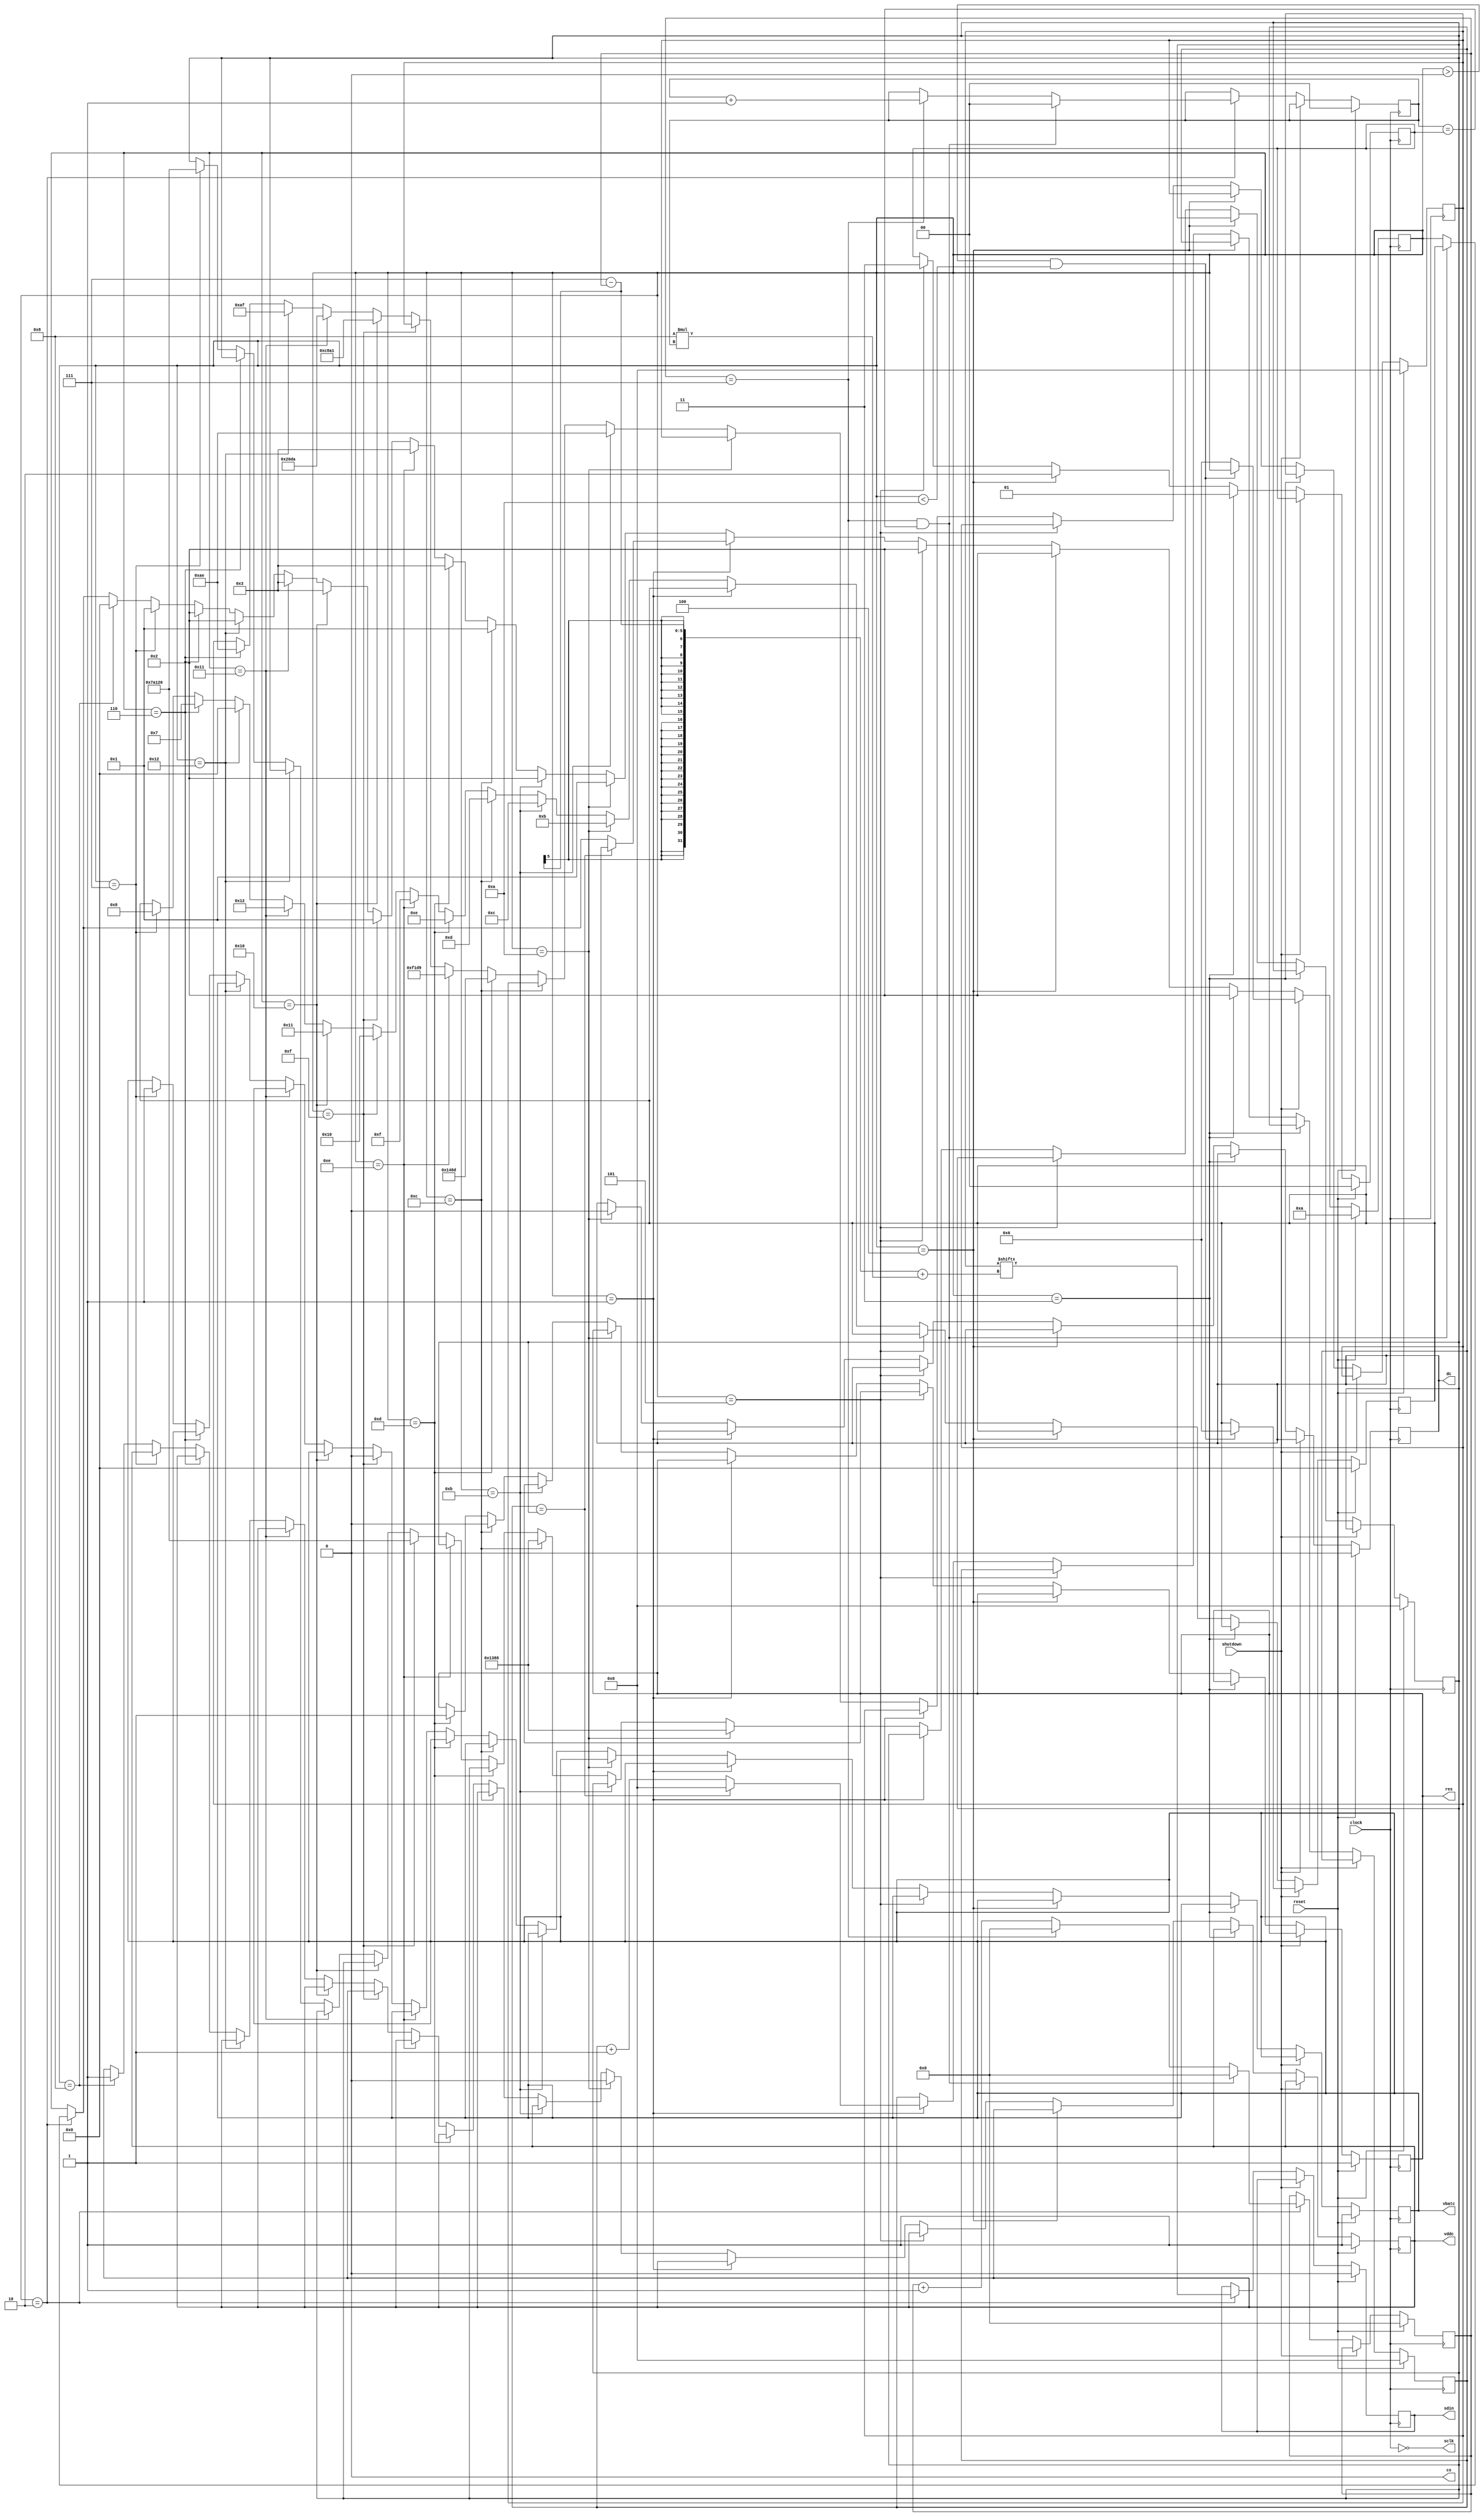
module oled_spi(
  input wire clock,
  input wire reset,
  input wire shutdown,
  
  output wire cs,
  output reg sdin,
  output wire sclk,
  output reg dc,
  output reg res,
  output reg vbatc,
  output reg vddc
);

  parameter WAIT = 1;
  parameter SEND = 2;  // send 1 byte
  parameter SEND2 = 3; // send 2 bytes
  parameter SEND3 = 4; // send 3 bytes
  parameter SEND4 = 5; // send 4 bytes
  
  parameter STARTUP_1  = 10;
  parameter STARTUP_2  = 11;
  parameter STARTUP_3  = 12;
  parameter STARTUP_4  = 13;
  parameter STARTUP_5  = 14;
  parameter STARTUP_6  = 15;
  parameter STARTUP_7  = 16;
  parameter STARTUP_8  = 17;
  parameter STARTUP_9  = 18;
  
  parameter SHUTDOWN_1 = 6;
  parameter SHUTDOWN_2 = 7;
  parameter SHUTDOWN_3 = 8;
  
  reg [31:0] send_buf;
  reg  [4:0] send_idx;
  reg  [1:0] send_ctr;
  reg  [1:0] send_max;
  
  reg [31:0] wait_ctr;
  reg [31:0] wait_max;
  
  // TODO probably don't need 7 bits for state
  reg [7:0] state;
  reg [7:0] next_state;

  always @(posedge clock) begin
    // RESET
    if (reset) begin
      send_buf <= 32'b0;
      send_idx <= 5'b0;
      send_ctr <= 2'b0;
      send_max <= 2'b0;
      wait_ctr <= 32'b0;
      wait_max <= 32'b0;
      state <= STARTUP_1;
      next_state <= 1'b0;
      
      sdin <= 1'b0;
      dc <= 1'b0;
      res <= 1'b1;
      vddc <= 1'b1;
      vbatc <= 1'b1;
    end
    
    // SHUTDOWN
    else if (shutdown) begin
      if (state > 0 && state < 10) begin
        next_state <= SHUTDOWN_1;
      end else begin
        state <= SHUTDOWN_1;
      end
    end
    
    // STATES
    else begin   
      // SEND - send up to four serial bytes
      if (state == SEND) begin
        sdin <= send_buf[(7 - send_idx) + (8 * send_ctr)];
        if (send_idx == 7 && send_ctr == send_max) begin
          send_idx <= 0;
          send_ctr <= 0;
          send_max <= 0;
          state <= next_state;
        end else if (send_idx == 7) begin
          send_idx <= 0;
          send_ctr <= send_ctr + 1;
        end else begin
          send_idx <= send_idx + 1;
        end
      end
      
      // SEND2 - send two bytes
      if (state == SEND2) begin
        send_max = 1;
        state <= SEND;
      end
      
      // SEND3 - send three bytes
      else if (state == SEND3) begin
        send_max = 2;
        state <= SEND;
      end
      
      // SEND4 - send four bytes
      else if (state == SEND4) begin
        send_max = 3;
        state <= SEND;
      end
      
      // WAIT - wait for # of cycles
      else if (state == WAIT) begin
        if (wait_ctr == wait_max) begin
          wait_ctr <= 0;
          state <= next_state;
        end else begin
          wait_ctr <= wait_ctr + 1;
        end
      end
      
      // STARTUP_1 -- apply power to VDD
      else if (state == STARTUP_1) begin
        dc <= 0;
        vddc <= 0;
        wait_max <= 5000; // 1ms
        state <= WAIT;
        next_state <= STARTUP_2;
      end
      
      // STARTUP_2 -- send display off cmd
      else if (state == STARTUP_2) begin
        send_buf <= 8'hAE;
        state <= SEND;
        next_state <= STARTUP_3;
      end
      
      // STARTUP_3 -- clear screen
      else if (state == STARTUP_3) begin
        res <= 0;
        wait_max <= 5000; // 1ms
        state <= WAIT;
        next_state <= STARTUP_4;
      end
      
      // STARTUP_4 -- set charge pump
      else if (state == STARTUP_4) begin
        res <= 1;
        send_buf <= 16'h148D;
        state <= SEND2;
        next_state <= STARTUP_5;
      end
      
      // STARTUP_5 -- set pre-charge period
      else if (state == STARTUP_5) begin
        send_buf <= 16'hF1D9;
        state <= SEND2;
        next_state <= STARTUP_6;
      end
      
      // STARTUP_6 -- apply power to VBAT
      else if (state == STARTUP_6) begin
        vbatc <= 0;
        wait_max <= 500000; // 100ms
        state <= WAIT;
        next_state <= STARTUP_7;
      end
      
      // STARTUP_7 -- invert the display
      else if (state == STARTUP_7) begin
        send_buf <= 16'hC8A1;
        state <= SEND2;
        next_state <= STARTUP_8;
      end
      
      // STARTUP_8 -- select squential COM configuration
      else if (state == STARTUP_8) begin
        send_buf <= 16'h20DA;
        state <= SEND2;
        next_state <= STARTUP_9;
      end
      
      // STARTUP_9 -- send display on cmd
      else if (state == STARTUP_9) begin
        send_buf <= 8'hAF;
        state <= SEND;
        next_state <= 0; // TODO
      end
      
      // SHUTDOWN_1 -- send display off cmd
      else if (state == SHUTDOWN_1) begin
        send_buf <= 8'hAE;
        state <= SEND;
        next_state <= SHUTDOWN_2;
      end
      
      // SHUTDOWN_2 -- turn off VBAT
      else if (state == SHUTDOWN_2) begin
        vbatc <= 1;
        wait_max <= 500000; // 100ms
        state <= WAIT;
        next_state <= SHUTDOWN_3;
      end
      
      // SHUTDOWN_4 -- turn off VDD
      else if (state == SHUTDOWN_3) begin
        vddc <= 1;
        state <= 0; // TODO
      end
    end
  end
  
  assign cs = 0;
  assign sclk = !clock;

endmodule